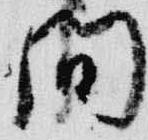
間